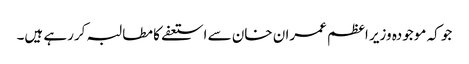
جو کہ موجودہ وزیر اعظم عمران خان سے استعفے کا مطالبہ کررہے ہیں۔